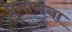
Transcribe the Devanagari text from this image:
प्रगागचा